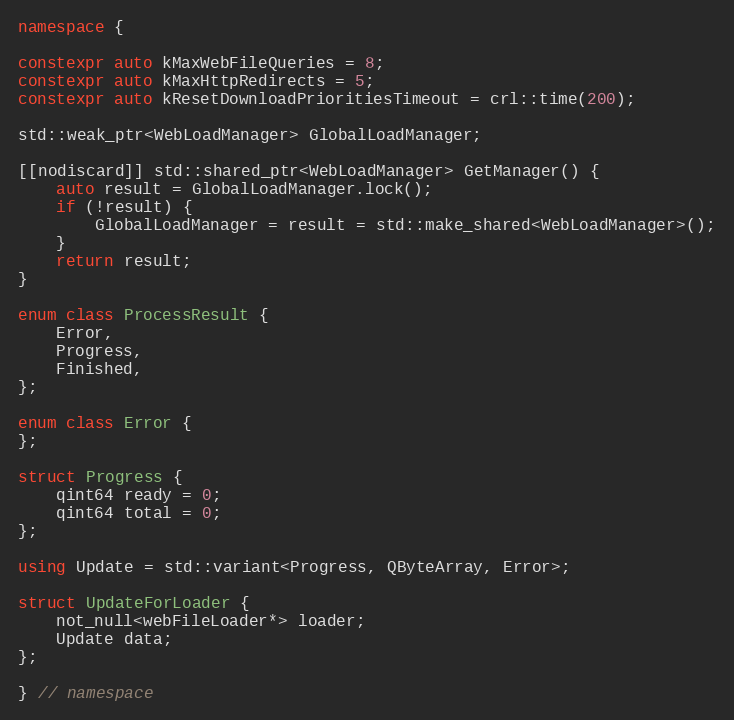
Language: C++
namespace {

constexpr auto kMaxWebFileQueries = 8;
constexpr auto kMaxHttpRedirects = 5;
constexpr auto kResetDownloadPrioritiesTimeout = crl::time(200);

std::weak_ptr<WebLoadManager> GlobalLoadManager;

[[nodiscard]] std::shared_ptr<WebLoadManager> GetManager() {
	auto result = GlobalLoadManager.lock();
	if (!result) {
		GlobalLoadManager = result = std::make_shared<WebLoadManager>();
	}
	return result;
}

enum class ProcessResult {
	Error,
	Progress,
	Finished,
};

enum class Error {
};

struct Progress {
	qint64 ready = 0;
	qint64 total = 0;
};

using Update = std::variant<Progress, QByteArray, Error>;

struct UpdateForLoader {
	not_null<webFileLoader*> loader;
	Update data;
};

} // namespace